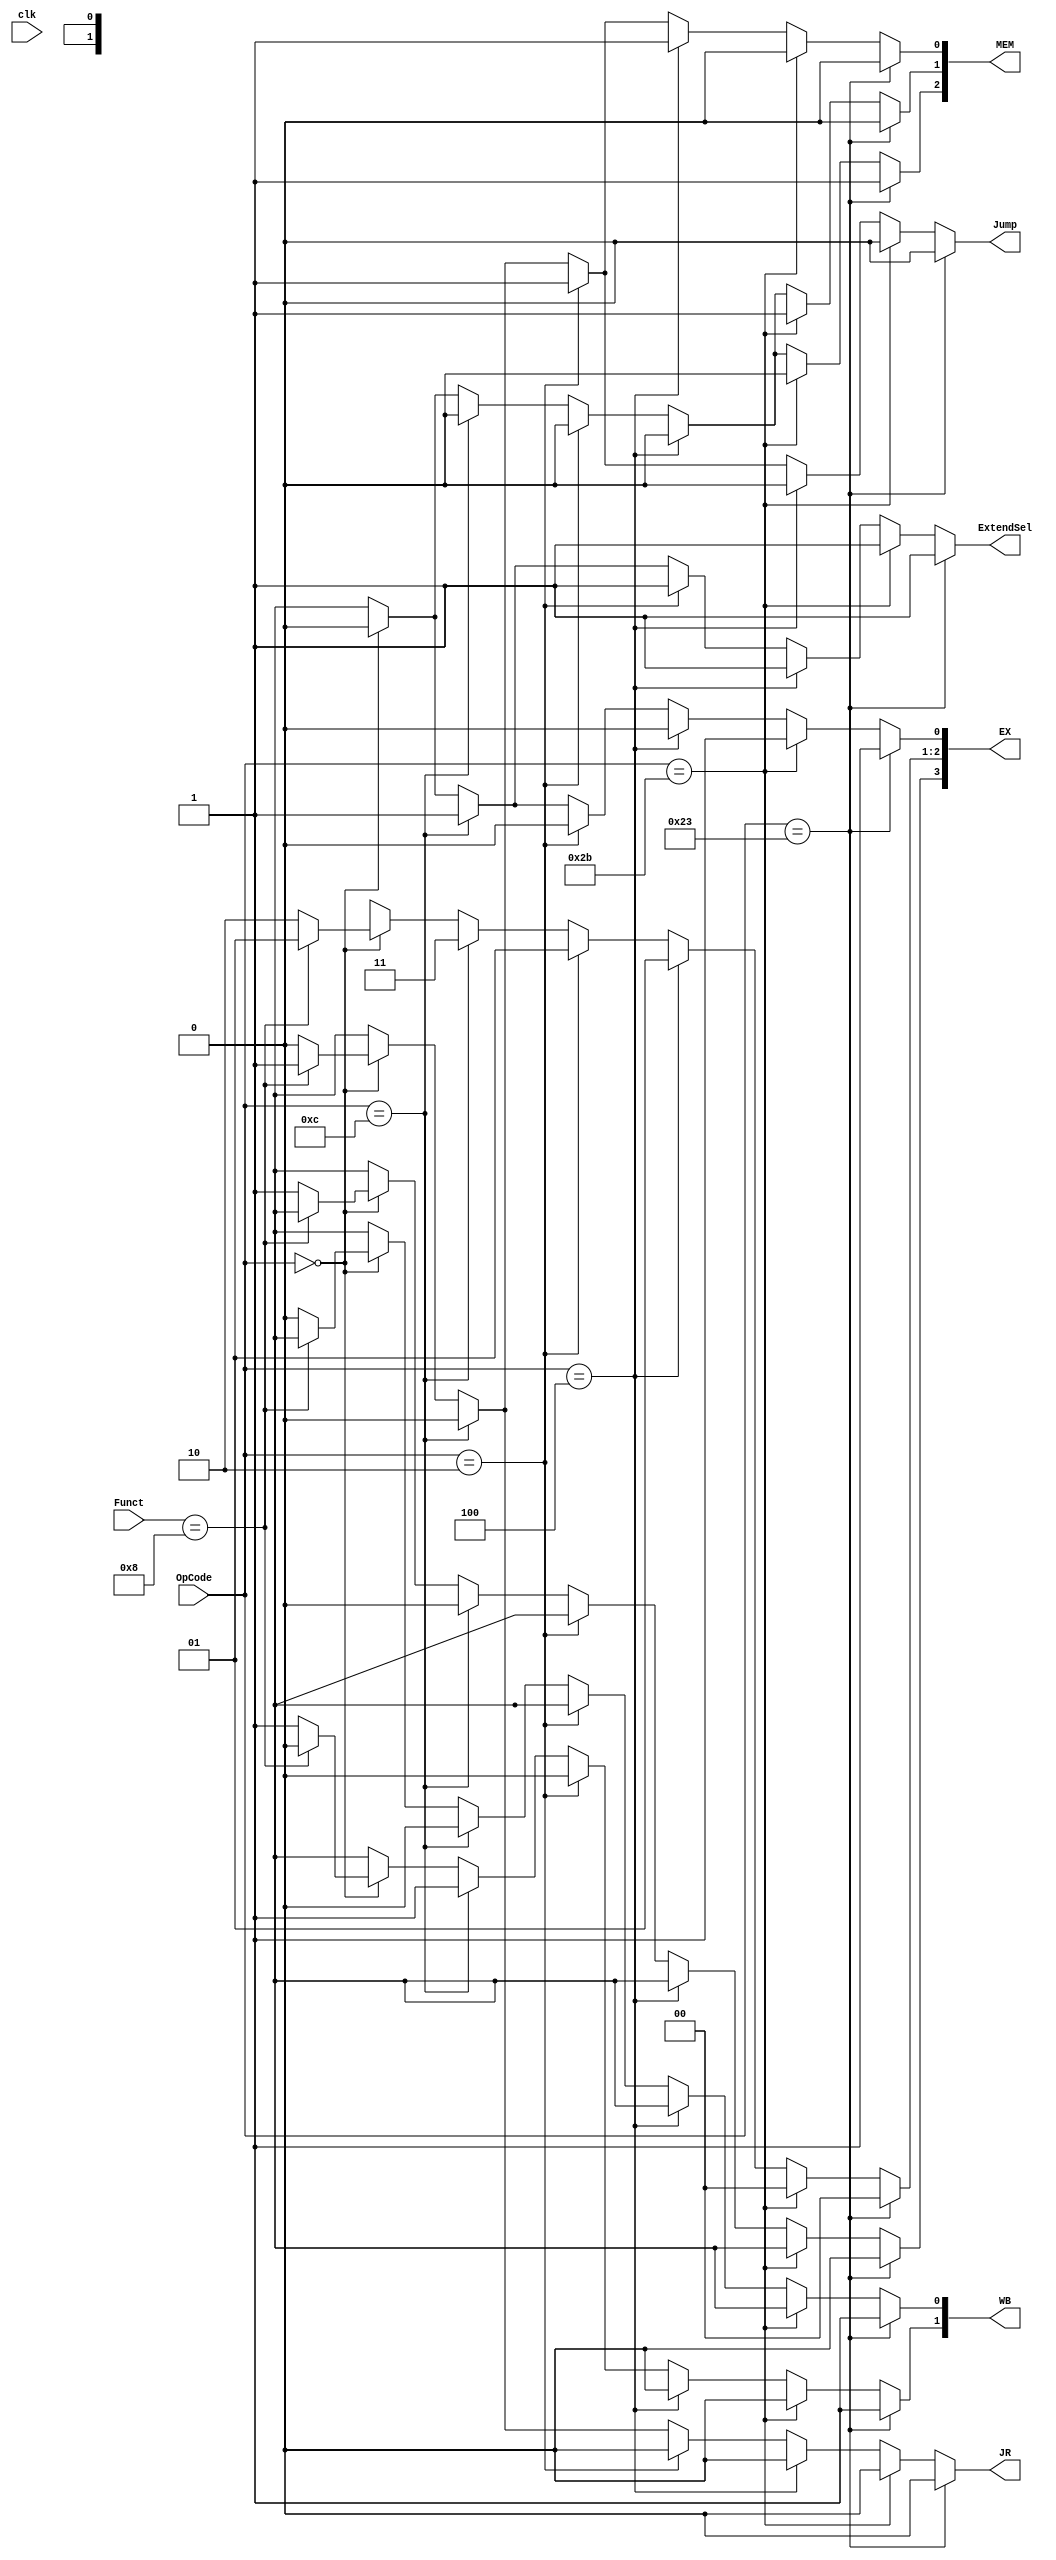
/*
	Title: MIPS pipeline Control Unit
	Editor: Selene (Computer System and Architecture Lab, ICE, CYCU)
	
	Input Port
		1. opcode: 
	Input Port
		1. RegDst: RFMUX
		2. ALUSrc: ALUMUX
		3. MemtoReg: WRMUX
		4. RegWrite: 
		5. MemRead:  
		6. MemWrite: 
		7. Branch: ALUzeroANDPCMUX
		8. ALUOp: ALU Control
*/

// 
`timescale 1ns/1ns
//  module ControlUnit  ports
module ControlUnit( clk, OpCode, Funct, EX, MEM, WB, ExtendSel, Jump, JR);
//  ports  input output
input clk;
input [5:0] OpCode;
input [5:0] Funct;
output reg [3:0] EX;
output reg [2:0] MEM;
output reg [1:0] WB;
output reg Jump, JR;
output reg ExtendSel;

reg RegDst, ALUSrc, MemtoReg, RegWrite, MemRead, MemWrite, Branch;
reg [1:0] ALUOp;

// ()

// final signal
parameter R_TYPE = 6'b000000; //   R_TYPE  : 00
parameter NOP = 6'b000000; //   NOP  : 00
parameter ANDI= 6'b001100; //   ANDI : 12
parameter LW  = 6'b100011; //   lw   : 35
parameter SW  = 6'b101011; //   sw   : 43
parameter BEQ = 6'b000100; //   beq  : 04
parameter J   = 6'b000010; //   j    : 02
parameter Funct_JR  = 6'b001000; //   jr   : 08
parameter Funct_MULTU = 6'b011001; //   MULTU: 25


always@( OpCode )
begin
    if ( OpCode == LW ) // 
    begin
		ALUOp = 2'b00 ; // 00 -> add
		RegDst = 1'b0 ;
		ALUSrc = 1'b1 ;
		Branch = 1'b0 ;
		MemRead = 1'b1 ;
		MemWrite = 1'b0 ;
		RegWrite = 1'b1 ;
		MemtoReg = 1'b1 ;
		Jump = 1'b0 ;
		JR = 1'b0 ;
		ExtendSel = 1'b1 ; // judge sign extend or unsigned

    end
    else if ( OpCode == SW ) // 
    begin
		ALUOp = 2'b00 ; // 00 -> add
		RegDst = 1'bx ; // don't care
		ALUSrc = 1'b1 ;
		Branch = 1'b0 ;
		MemRead = 1'b0 ;
		MemWrite = 1'b1 ;
		RegWrite = 1'b0 ;
		MemtoReg = 1'bx ; // don't care
		Jump = 1'b0 ;
		JR = 1'b0 ;
		ExtendSel = 1'b1 ;

    end

    else if ( OpCode == BEQ ) // 
    begin
      ALUOp = 2'b01 ; // 01 -> sub
      RegDst = 1'bx ; // don't care
      ALUSrc = 1'b0 ;
      Branch = 1'b1 ;
      MemRead = 1'b0 ;
      MemWrite = 1'b0 ;
      RegWrite = 1'b0 ;
      MemtoReg = 1'bx ; // don't care
      Jump = 1'b0 ;
      JR = 1'b0 ;
      ExtendSel = 1'b1 ;

    end

    else if ( OpCode == J ) // 
    begin
      ALUOp = 2'b01 ;
      RegDst = 1'bx ; // don't care
      ALUSrc = 1'b0 ;
      Branch = 1'b1 ;
      MemRead = 1'b0 ;
      MemWrite = 1'b0 ;
      RegWrite = 1'b0 ;
      MemtoReg = 1'bx ; // don't care
      Jump = 1'b1 ;
      JR = 1'b0 ;
      ExtendSel = 1'b1 ;

    end

    else if ( OpCode == ANDI ) //  andi rt, rs, immediate
    begin
      ALUOp = 2'b11 ;
      RegDst = 1'b0 ;
      ALUSrc = 1'b1 ;
      Branch = 1'b0 ;
      MemRead = 1'b0 ;
      MemWrite = 1'b0 ;
      RegWrite = 1'b1 ;
      MemtoReg = 1'b0 ;
      Jump = 1'b0 ;
      JR = 1'b0 ;
      ExtendSel = 1'b1 ;

    end

    // R-type instructions
    else if ( OpCode == R_TYPE ) //  R-type
    begin
      if ( Funct == Funct_JR )
		begin 
        ALUOp = 2'b01 ;
        RegDst = 1'bx ;
        ALUSrc = 1'b0 ;
        Branch = 1'b1 ;
        MemRead = 1'b0 ;
        MemWrite = 1'b0 ;
        RegWrite = 1'b0 ;
        MemtoReg = 1'bx ;
        Jump = 1'b1 ;
        JR = 1'b1 ;
        ExtendSel = 1'b0 ;

        end
      else
		begin
            ALUOp = 2'b10 ;
            RegDst = 1'b1 ;
            ALUSrc = 1'b0 ;
            Branch = 1'b0 ;
            MemRead = 1'b0 ;
            MemWrite = 1'b0 ;
            RegWrite = 1'b1 ;
            MemtoReg = 1'b0 ;
            Jump = 1'b0 ;
            JR = 1'b0 ;
            ExtendSel = 1'b0 ;
        end
    end
    else
    begin
      $display("control_single unimplemented opcode %d", OpCode); // 
      ALUOp = 2'bxx ;
      RegDst = 1'bx ; // don't care
      ALUSrc = 1'bx ;
      Branch = 1'bx ;
      MemRead = 1'bx ;
      MemWrite = 1'bx ;
      RegWrite = 1'bx ;
      MemtoReg = 1'bx ; // don't care
      Jump = 1'bx ;
      JR = 1'bx ;
      ExtendSel = 1'bx ;
    end

    // EX
    EX = {RegDst, ALUOp, ALUSrc};

    // MEM
    MEM = {MemRead, MemWrite, Branch};

    // WB
    WB = {RegWrite, MemtoReg};

end

endmodule